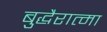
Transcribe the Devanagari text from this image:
बुद्धैरात्मा